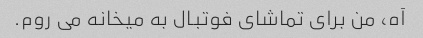
آه، من برای تماشای فوتبال به میخانه می روم.